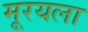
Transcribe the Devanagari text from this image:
मूरयला